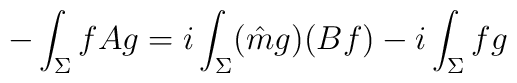
-\int_{\Sigma} fAg= i \int_{\Sigma}(\hat{m}g)(Bf)-i \int_{\Sigma} fg